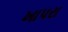
ખાપરા